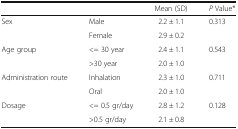
| <COLSPAN=2>  | Mean (SD) | P Value* |
 | --- | --- | --- | --- |
 | <ROWSPAN=2> Sex | Male | 2.2 ± 1.1 | <ROWSPAN=2> 0.313 |
 | Female | 2.9 ± 0.2 |
 | <ROWSPAN=2> Age group | <= 30 year | 2.4 ± 1.1 | <ROWSPAN=2> 0.543 |
 | >30 year | 2.0 ± 1.0 |
 | <ROWSPAN=2> Administration route | Inhalation | 2.3 ± 1.0 | <ROWSPAN=2> 0.711 |
 | Oral | 2.0 ± 1.0 |
 | <ROWSPAN=2> Dosage | <= 0.5 gr/day | 2.8 ± 1.2 | <ROWSPAN=2> 0.128 |
 | >0.5 gr/day | 2.1 ± 0.8 |